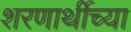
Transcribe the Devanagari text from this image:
शरणार्थीच्या